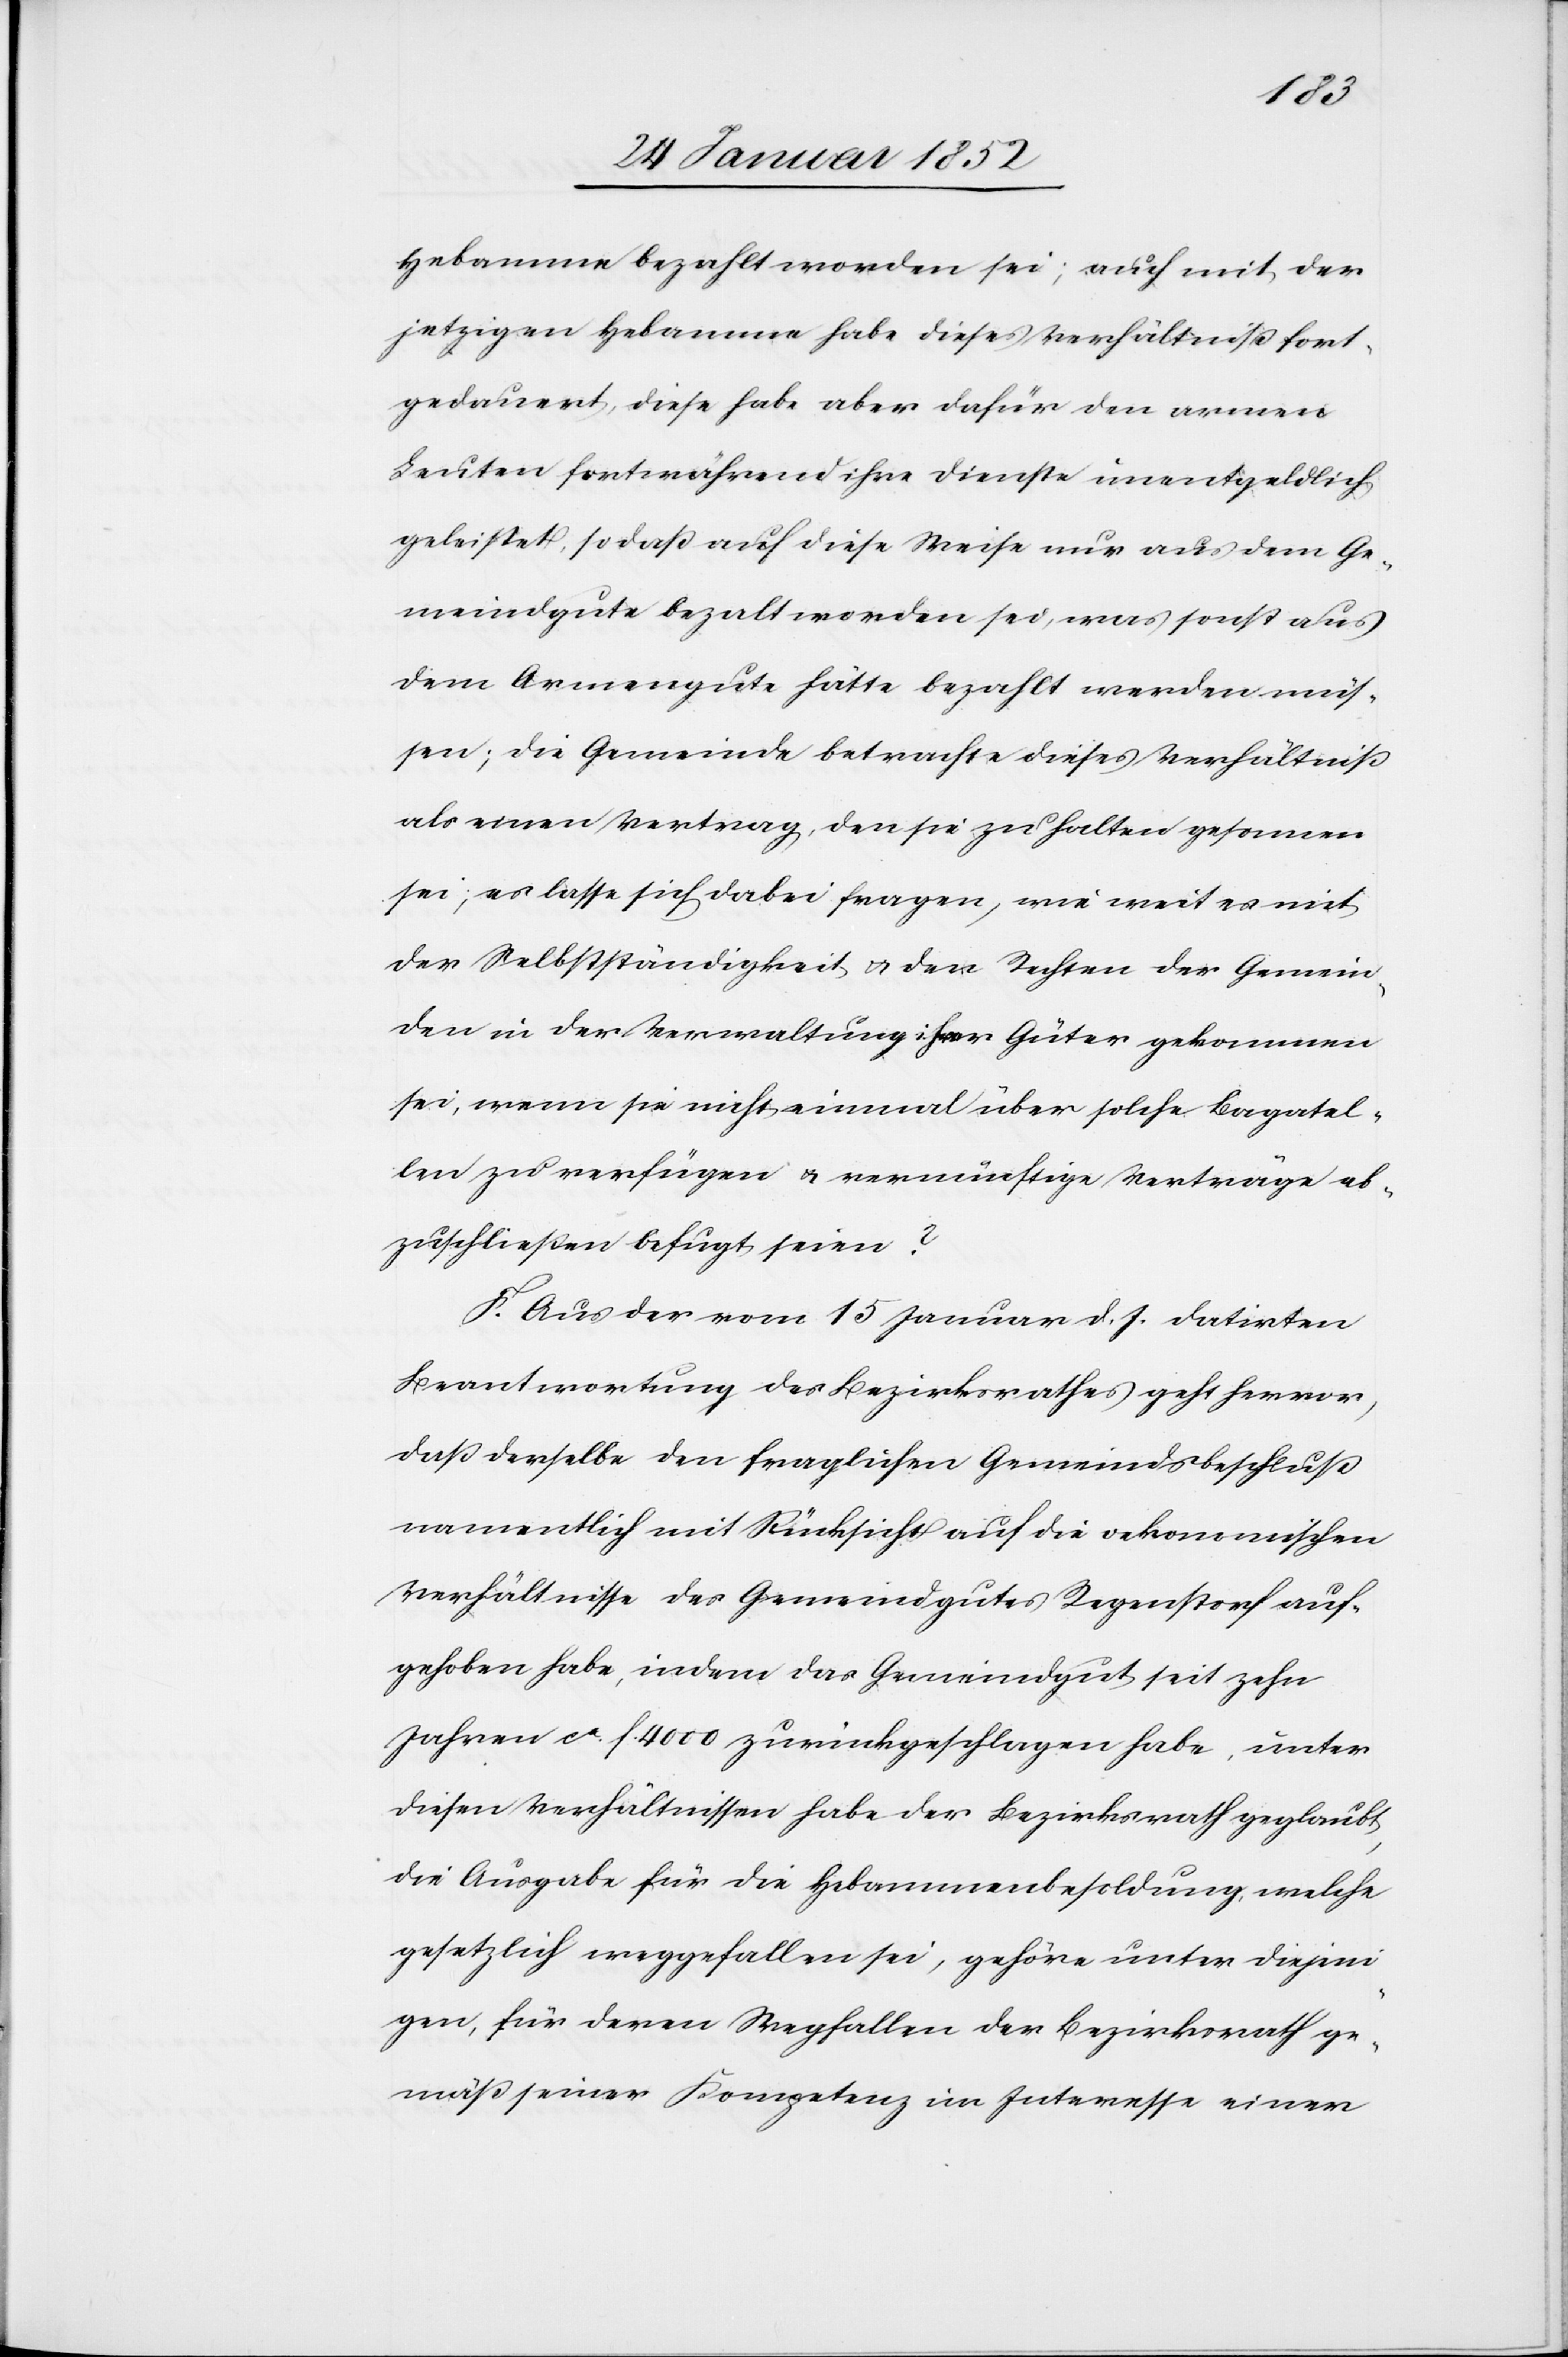
Hebamme bezahlt worden sein; auch mit der
jetzigen Hebamme habe dieses Verhältniß fort¬
gedauert, diese habe aber dafür den armen
Leuten fortwährend ihre Dienste unentgeldlich
geleistet, so daß auf diese Weise nur aus dem Ge¬
meindgute bezahlt worden sei, was sonst aus
dem Armengute hätte bezahlt werden müs¬
sen; die Gemeinde betrachte dieses Verhältniß
als einen Vertrag, den sie zu halten gesonnen
sein, es lasse sich dabei fragen, wie weit es mit
der Selbstständigkeit u. den Rechten der Gemein¬
de in der Verwaltung ihrer Güter gekommen
sei, wenn sie nicht einmal über solche Bagatel¬
len zu verfügen u. vernünftige Verträge ab¬
zuschließen befugt seien?
F. Aus der vom 15 Januar d. J. datirten
Beantwortung des Bezirksrathes geht hervor,
daß derselbe den fraglichen Gemeindsbeschluß
namentlich mit Rücksicht auf die oekonomischen
Verhältnisse des Gemeindgutes Regenstorf auf¬
gehoben habe, indem das Gemeindgut mit zehn
Jahren ca. f. 4000 zurückgeschlagen habe, unter
diesen Verhältnissen habe der Bezirksrath geglaubt,
die Ausgabe für die Hebammenbesoldung, welche
gesetzlich weggefallen sei, gehöre unter diejeni¬
gen, für deren Wegfallen der Bezirksrath ge¬
mäß seiner Kompetenz im Interesse einer